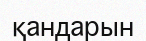
қандарын